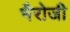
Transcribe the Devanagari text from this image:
भैरोजी